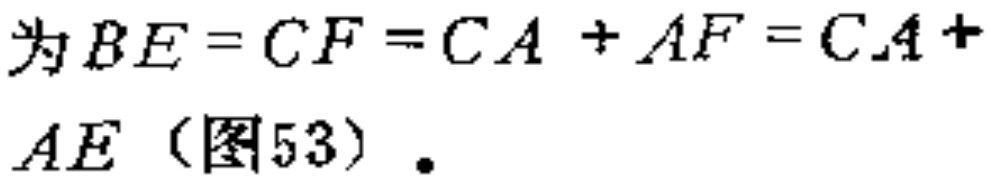
为\(BE = CF = CA + AF = CA + AE\)（图53）.